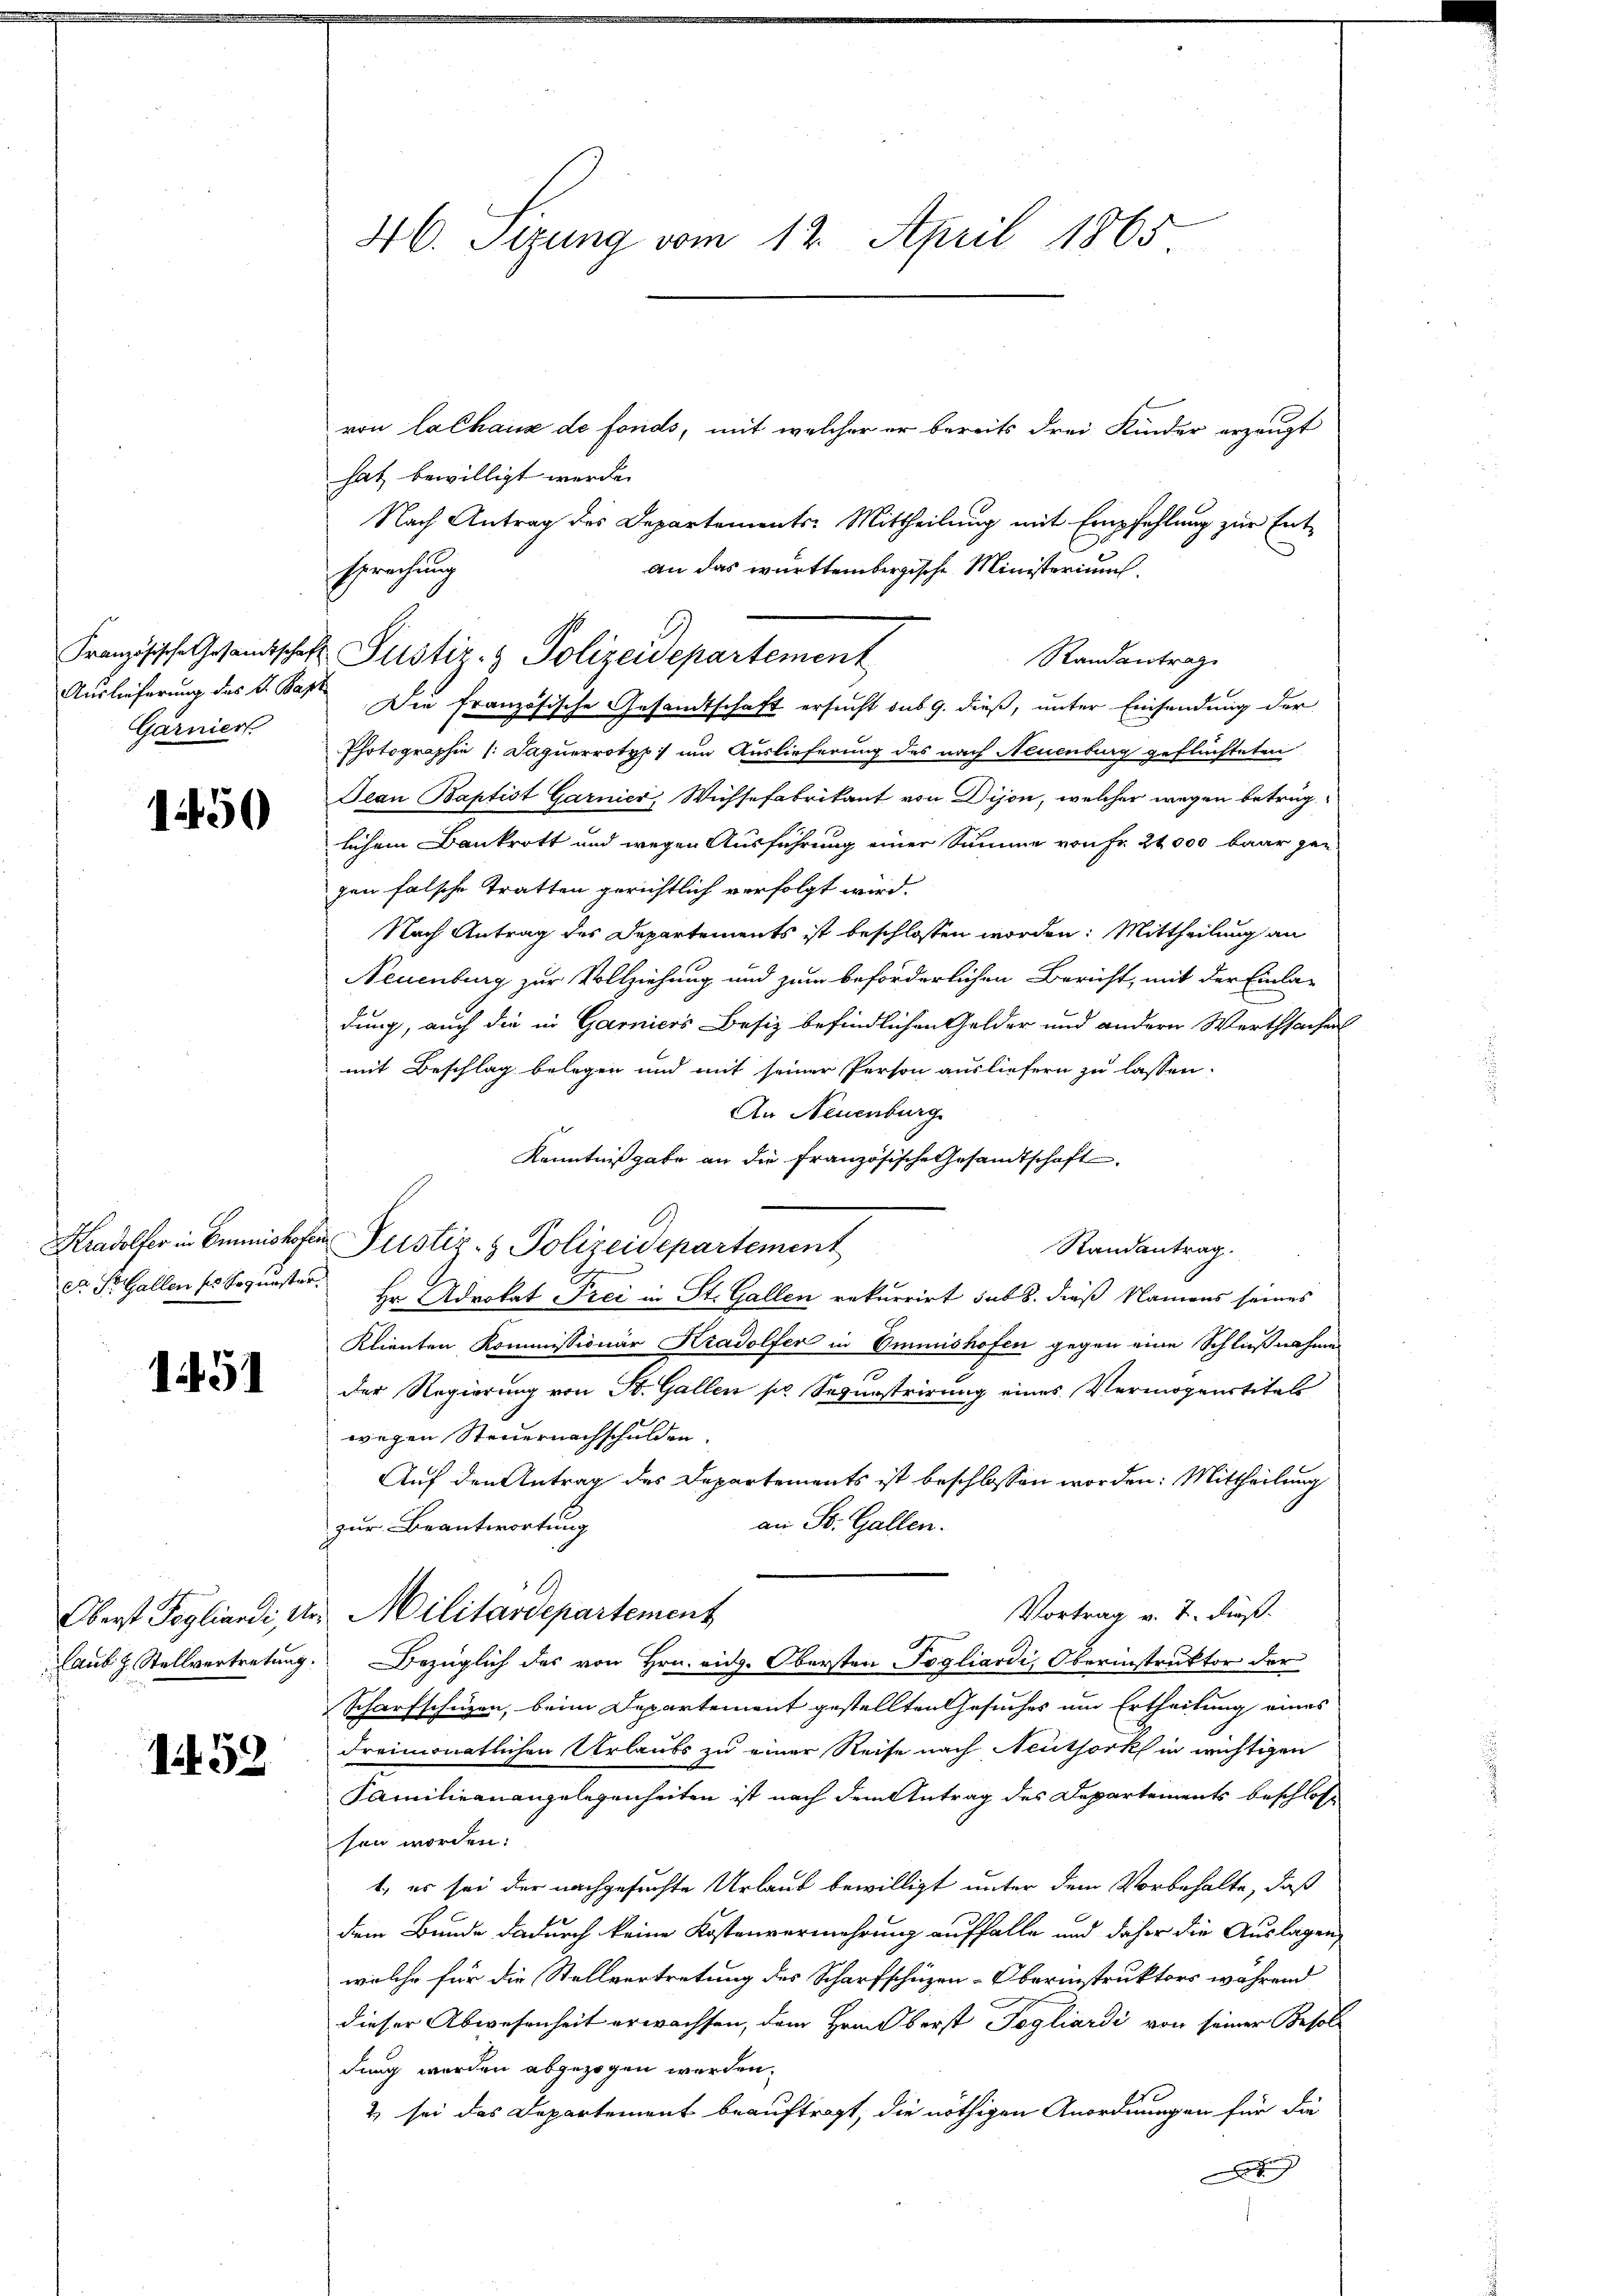
Garniert.

1450

1451

1452

46. Sizung vom 12. April 1865

Französische Gesandtschafts Justiz- & Polizeidepartement

von Lachaus de fonds, mit welcher er bereits drei Kinder erzeugt
hat bewilligt werde.
Nach Antrag des Departements-Mittheilung mit Empfehlung zur Entan das württembergische Ministerium.
sprechung
Randantrag
Auslieferung des L. Saft. Die französische Gesandtschaft ersucht sub 9. dieß, unter Einsendung der
Photographie 1. Jaquerrotyp) um Auslieferung des nach Neuenburg geflüchteten
Jean Baptist Garnier, Wichsefabrikant von Dison, welcher wegen betruglichem Bankrott und wegen Ausführung einer Summe von Fr. 24000 baar gen
gen falsche Tratten gerichtlich verfolgt wird.
Nach Antrag des Departements ist beschlossen worden: Mittheilung an
Neuenburg zur Vollziehung und zum beförderlichen Bericht, mit der Einla-
dung, auch die in Garnicos Besiz befindlichen Gelder und andern Werthsachen
mit Beschlag belegen und mit seiner Person ausliefern zu lassen.
An Neuenburg
Kenntnißgabe an die französische Gesandtschaft
Randantrag.
ca StGallen ses Sogunster Er Advokat Frei in St. Gallen rekurrirt sub 8. dieß Namens seines
Klienten Kommissionär Kradolfer in Emmnishofen gegen eine Schließnahme
n
der Regierung von St. Gallen pr. Sepunstrirung eines Vermögenstitels
wegen Steuernachschulden.
Auf den Antrag des Departements ist beschlossen worden: Mittheilung
an St. Gallen.
zur Beantwortung
Vortrag v. 7. dieß.
Oberst Tagliardi, des Militärdepartement
.
aus z. Stellvertretung. Bezüglich des von Hrn. eid. Obersten Pogliardi, Oberinstruktor der
Scharfschüzen, beim Departement gestellten Gesuches um Ertheilung eines
dreimonatlichen Urlaubs zu einer Reise nach Neuthork in wichtigen
Familieanangelegenheiten ist nach dem Antrag des Departements beschlos
sen worden.
t, es sei der nachgesuchte Urlaub bewilligt unter dem Vorbehalte, daß
dem Bunde dadurch keine Kostenvermehrung auffalle und daher die Auslagen,
welche für die Stellvertretung des Scharfschüzen-Oberinstruktors während
dieser Abwesenheit erwachsen, dem Hrnn berst Pogliardi von seiner Besoldung werden abgezogen werden.
& sei das Departement beauftragt, die nöthigen Anordnungen für die
x

Kradolter in Emishofen Pustiz- & Polizeidepartement